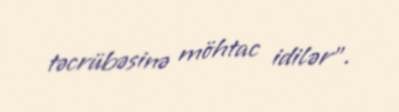
təcrübəsinə möhtac idilər”.